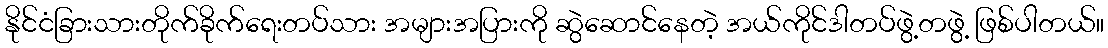
နိုင်ငံခြားသားတိုက်ခိုက်ရေးတပ်သား အများအပြားကို ဆွဲဆောင်နေတဲ့ အယ်ကိုင်ဒါတပ်ဖွဲ့တဖွဲ့ ဖြစ်ပါတယ်။